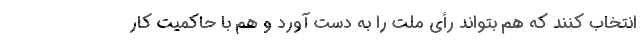
انتخاب کنند که هم بتواند رأی ملت را به دست آورد و هم با حاکمیت کار